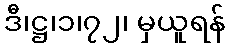
ဒီ၊ဋ္ဌ၊၁၊၇၂၊ မှယူရန်